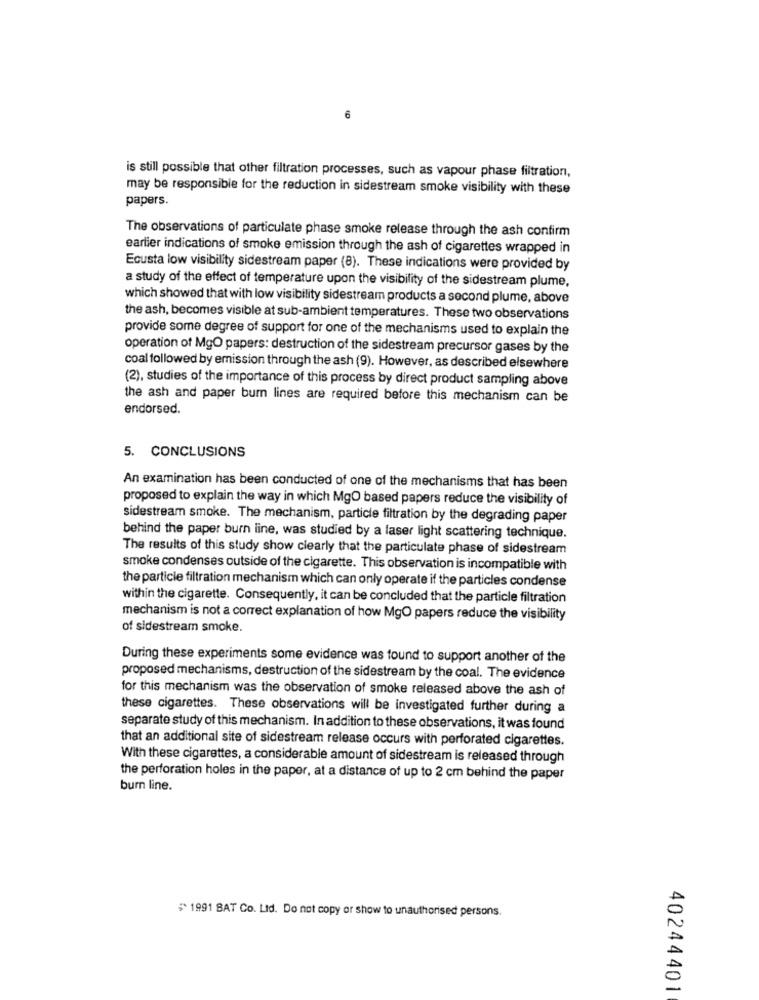
6
is still possible that other filtration processes, such as vapour phase filtration,
may be responsible for the reduction in sidestream smoke visibility with these
papers.
The observations of particulate phase smoke release through the ash confirm
earlier indications of smoke emission through the ash of cigarettes wrapped in
Ecusta low visibility sidestream paper (8). These indications were provided by
a study of the effect of temperature upon the visibility of the sidestream plume,
which showed that with low visibility sidestream products a second plume, above
the ash, becomes visible at sub-ambient temperatures. These two observations
provide some degree of support for one of the mechanisms used to explain the
operation of MgO papers: destruction of the sidestream precursor gases by the
coal followed by emission through the ash (9). However, as described elsewhere
(2), studies of the importance of this process by direct product sampling above
the ash and paper burn lines are required before this mechanism can be
endorsed.
5. CONCLUSIONS
An examination has been conducted of one of the mechanisms that has been
proposed to explain the way in which MgO based papers reduce the visibility of
sidestream smoke. The mechanism, particle filtration by the degrading paper
behind the paper burn line, was studied by a laser light scattering technique.
The results of this study show clearly that the particulate phase of sidestream
smoke condenses outside of the cigarette. This observation is incompatible with
the particle filtration mechanism which can only operate if the particles condense
within the cigarette. Consequently, it can be concluded that the particle filtration
mechanism is not a correct explanation of how MgO papers reduce the visibility
of sidestream smoke.
During these experiments some evidence was found to support another of the
proposed mechanisms, destruction of the sidestream by the coal. The evidence
for this mechanism was the observation of smoke released above the ash of
these cigarettes. These observations will be investigated further during a
separate study of this mechanism. In addition to these observations, it was found
that an additional site of sidestream release occurs with perforated cigarettes.
With these cigarettes, a considerable amount of sidestream is released through
the perforation holes in the paper, at a distance of up to 2 cm behind the paper
burn line.
#1991 BAT Co. Ltd. Do not copy or show to unauthorised persons.
40244401